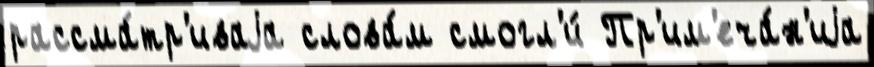
рассма́тр'иваjа слова́м смогл'и́ Пр'им'еча́н'иjа